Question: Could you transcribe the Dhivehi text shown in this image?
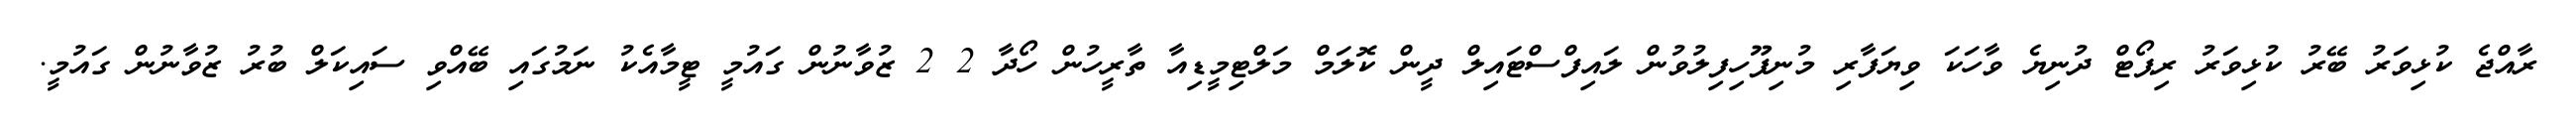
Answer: ރާއްޖެ ކުޅިވަރު ބޭރު ކުޅިވަރު ރިޕޯޓް ދުނިޔެ ވާހަކަ ވިޔަފާރި މުނިފޫހިފިލުވުން ލައިފްސްޓައިލް ދީން ކޮލަމް މަލްޓިމީޑިއާ ތާރީހުން ހޯދާ 2 2 ޒުވާނުން ގައުމީ ޓީމާއެކު ނަމުގައި ބޭއްވި ސައިކަލް ބުރު ޒުވާނުން ގައުމީ.